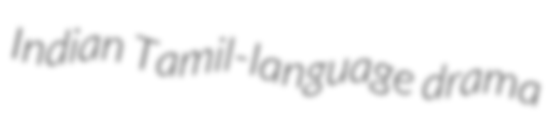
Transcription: Indian Tamil-language drama